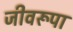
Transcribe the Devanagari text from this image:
जीवरूपा